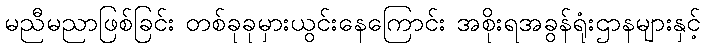
မညီမညာဖြစ်ခြင်း တစ်ခုခုမှားယွင်းနေကြောင်း အစိုးရအခွန်ရုံးဌာနများနှင့်